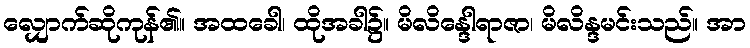
လျှောက်ဆိုကုန်၏။ အထခေါ၊ ထိုအခါ၌။ မိလိန္ဒေါရာဇာ၊ မိလိန္ဒမင်းသည်။ အာ